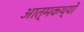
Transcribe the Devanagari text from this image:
आत्मकथ्यों